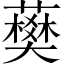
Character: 𧀭